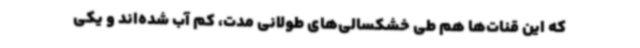
که این قنات‌ها هم طی خشکسالی‌های طولانی‌ مدت، کم‌ آب شده‌اند و یکی